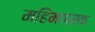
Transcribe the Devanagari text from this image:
महिमापरक